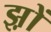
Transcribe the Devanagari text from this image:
झ़ों